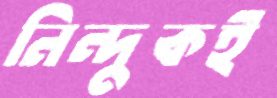
নিন্দুকই